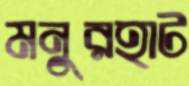
মনুরহাট